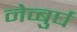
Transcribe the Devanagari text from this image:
नेव्बुर्घ